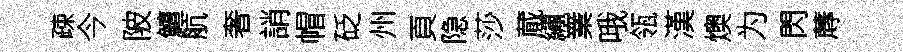
疎今陂鱣航奢誚帽砭州頁隐莎蕆繡嶪哦瓴漢燠为閃蓐